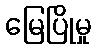
မြေပြိုမှု